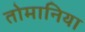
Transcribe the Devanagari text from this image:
तोमानिया